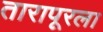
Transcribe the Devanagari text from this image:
तारापूरला